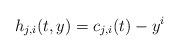
LaTeX: \begin{align*} h_{j,i}(t,y)=c_{j,i}(t)-y^i\end{align*}